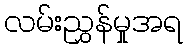
လမ်းညွှန်မှုအရ